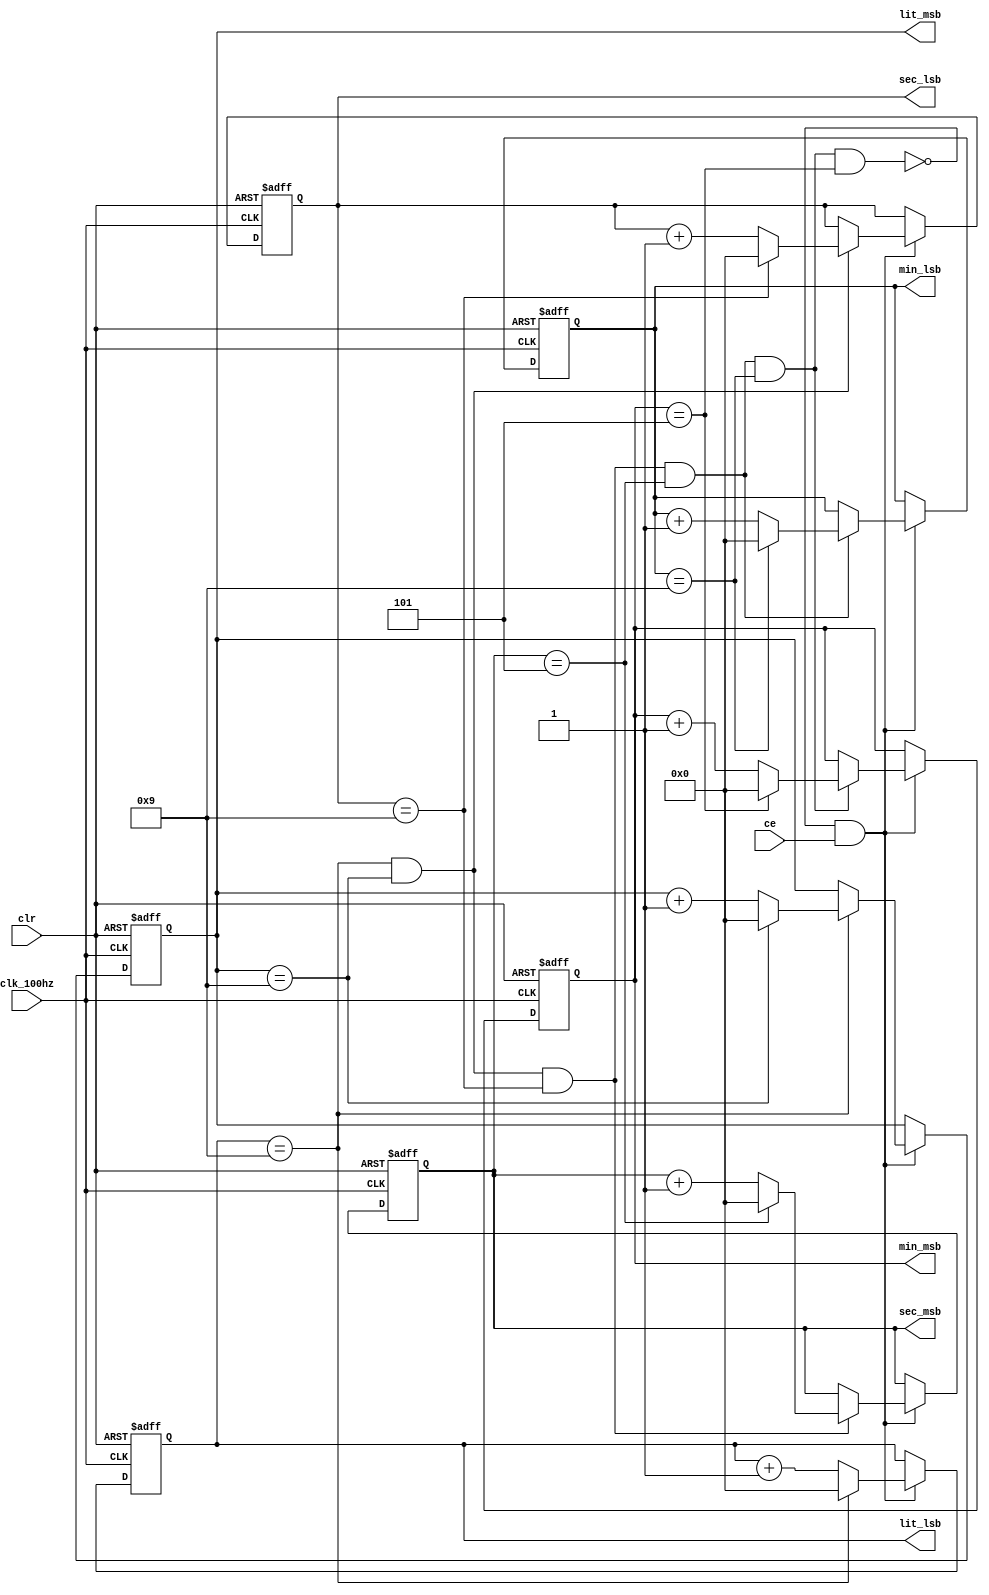
module time_cnt(
   input ce, //
   input clk_100hz, //
   input clr, //
   output [3:0] lit_lsb, //bcd
   output [3:0] lit_msb, //bcd
   output [3:0] sec_lsb, //bcd
   output [3:0] sec_msb, //
   output [3:0] min_lsb, //bcd
   output [3:0] min_msb);
   
  reg [3:0] lit_lsb_cnt;
  reg [3:0] lit_msb_cnt;
  reg [3:0] sec_lsb_cnt;
  reg [3:0] sec_msb_cnt;
  reg [3:0] min_lsb_cnt;
  reg [3:0] min_msb_cnt;
  
  wire up; //
  
  assign up = 1; //0up0
  wire enable, tc_1up, tc_2up, tc_3up, tc_4up, tc_5up;
  wire tc_1dn, tc_2dn, tc_3dn, tc_4dn, tc_5dn; 
  
// assigning terminal counts
  assign tc_1up = (up && (lit_lsb_cnt == 4'd9));

  assign tc_2up = (up && (lit_msb_cnt == 4'd9));

  assign tc_3up = (up && (sec_lsb_cnt == 4'd9));

  assign tc_4up = (up && (sec_msb_cnt == 4'd5));

  assign tc_5up = (up && (min_lsb_cnt == 4'd9));
  
  assign tc_6up = (up && (min_msb_cnt == 4'd5));

  //?enable1
  assign enable = ~(tc_1up && tc_2up && tc_3up && tc_4up && tc_5up && tc_6up)&& ce; 

// change psedge to posedge
  always @(posedge clk_100hz or posedge clr)  // lit_lsb of seconds count
  begin
    if (clr)
      lit_lsb_cnt <= 0;
    else if (enable) 
       if (up)  // count up  
          if (lit_lsb_cnt == 4'd9)
                 lit_lsb_cnt <= 4'd0;
             else lit_lsb_cnt <= lit_lsb_cnt + 1;
  end //always 
  
  always @(posedge clk_100hz or posedge clr)  //lit_msb of seconds count
  begin
    if (clr)
      lit_msb_cnt <= 0;
    else if (enable)
       if (tc_1up)// count up and lit_lsb TC
          if (lit_msb_cnt == 4'd9)
                 lit_msb_cnt <= 4'd0;
             else lit_msb_cnt <= lit_msb_cnt + 1;

  end //always  

// change psedge to posedge
  always @(posedge clk_100hz or posedge clr)  // seconds count
  begin
    if (clr)
      sec_lsb_cnt <= 0;
    else if (enable)
       if (tc_1up && tc_2up) // lit_lsb and lit_msb TC up  
          if (sec_lsb_cnt == 4'd9)
                 sec_lsb_cnt <= 4'd0;
             else sec_lsb_cnt <= sec_lsb_cnt + 1;

  end //always  

  always @(posedge clk_100hz or posedge clr)  // tens of seconds count
  begin
    if (clr)
      sec_msb_cnt <= 0;
    else if (enable)
       if (tc_1up && tc_2up && tc_3up) // lit_lsb, lit_msb, and ones TC up  
          if (sec_msb_cnt == 4'd5)
                 sec_msb_cnt <= 4'd0;
             else sec_msb_cnt <= sec_msb_cnt + 1;

  end //always 
  
  always @(posedge clk_100hz or posedge clr)  // min_lsb count
  begin
    if (clr)
      min_lsb_cnt <= 0;
    else if (enable)
       if (tc_1up && tc_2up && tc_3up && tc_4up) // lit_lsb, lit_msb, ones, and tens TC up  
          if (min_lsb_cnt == 4'd9)
                 min_lsb_cnt <= 4'd0;
             else min_lsb_cnt <= min_lsb_cnt + 1;

  end //always 
  
  always @(posedge clk_100hz or posedge clr)  // tens of seconds count
  begin
    if (clr)
      min_msb_cnt <= 0;
    else if (enable)
       if (tc_1up && tc_2up && tc_3up && tc_4up && tc_5up) // lit_lsb, lit_msb,  ones  tens and mins TC up  
          if (min_msb_cnt == 4'd5)
                 min_msb_cnt <= 4'd0;
             else min_msb_cnt <= min_msb_cnt + 1;

  end //always 

  assign lit_lsb = lit_lsb_cnt;
  assign lit_msb = lit_msb_cnt;
  assign sec_lsb = sec_lsb_cnt;
  assign sec_msb = sec_msb_cnt; //{1'b0,sec_msb_cnt};
  assign min_lsb = min_lsb_cnt;
  assign min_msb = min_msb_cnt;

endmodule